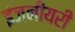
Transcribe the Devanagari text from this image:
इंजनीयरी